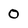
Character: 0